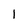
Character: l